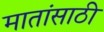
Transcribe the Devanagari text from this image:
मातांसाठी